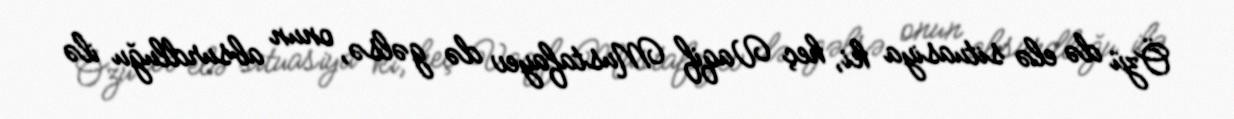
Özü də elə situasiya ki, heç Vaqif Mustafayev də gəlsə, onun absurdluğu ilə